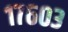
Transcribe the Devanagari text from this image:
१७६०३